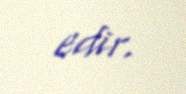
edir.